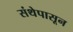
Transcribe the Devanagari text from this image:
संथेपासून